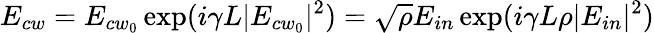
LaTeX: E_{cw}=E_{{cw}_{0}}\exp(i\gamma L|E_{{cw}_{0}}|^{2})=\sqrt{\rho}E_{in}\exp(i\gamma L\rho|E_{in}|^{2})